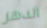
الدهر